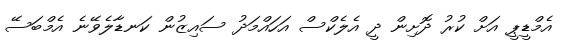
އެމްޑީޕީ އަށް ކުރު ދޮށިން ދީ އެލެކްސް އަހައްމަދު ސައިޒުން ކަނޑާލެވޭނެ އެމްބަސޭ